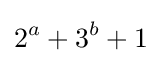
2^{a}+3^{b}+1